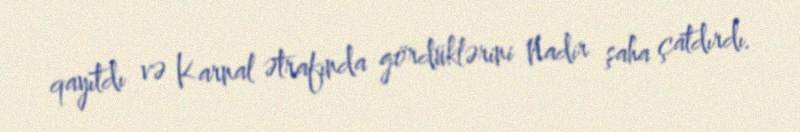
qayıtdı və Karnal ətrafında gördüklərini Nadir şaha çatdırdı.